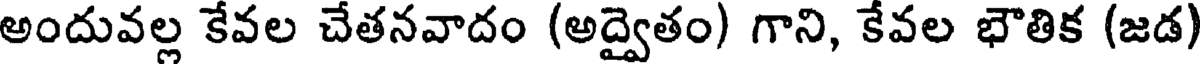
అందువల్ల కేవల చేతనవాదం (అద్వైతం) గాని, కేవల భౌతిక (జడ)